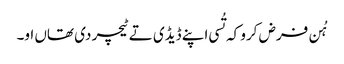
‏ ہُن فرض کرو کہ تُسی اپنے ڈیڈی تے ٹیچر دی تھاں او۔